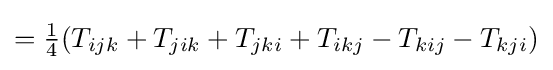
={\tfrac {1}{4}}(T_{ijk}+T_{jik}+T_{jki}+T_{ikj}-T_{kij}-T_{kji})